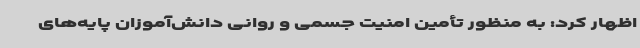
اظهار کرد: به منظور تأمین امنیت جسمی و روانی دانش‌آموزان پایه‌های